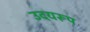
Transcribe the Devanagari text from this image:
उदयरूप